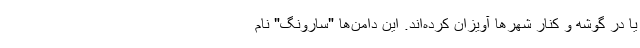
یا در گوشه و کنار شهرها آویزان کرده‌اند. این دامن‌ها "سارونگ" نام